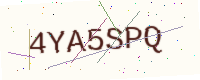
Text: 4YA5SPQ